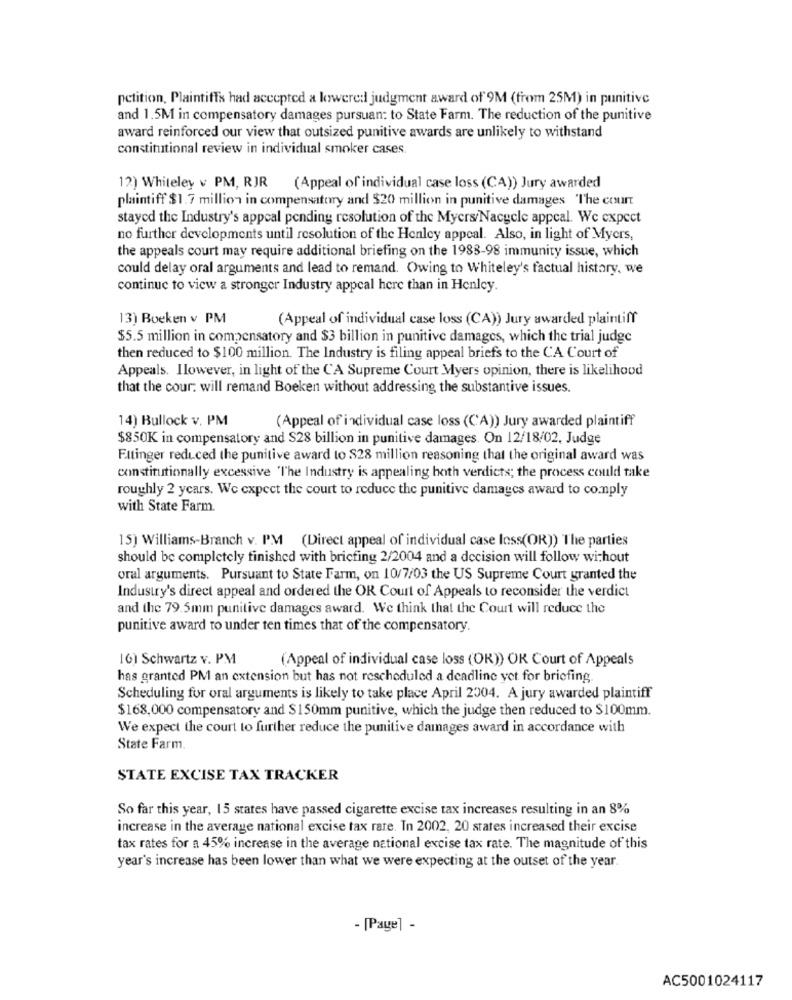
petition, Plaintiffs had accepted a lowered judgment award of 9M (from 25M) in punitive
and 1.5M in compensatory damages pursuan: to State Farm. The reduction of the punitive
award reinforced our view that outsized punitive awards are unlikely to withstand
constitutional review in individual smoker cases
12) Whiteley v PM, RJR
(Appeal of individual case loss (CA)) Jury awarded
plaintiff $1.7 million in compensatory and $20 million in punitive damages The court
stayed the Industry's appeal pending resolution of the Mycrs/Nacycle appeal. We expect
no further developments until resolution of the Henley appeal. Also, in light of Myers,
the appeals court may require additional briefing on the 1983-98 immunity issue, which
could delay oral arguments and lead to remand. Owing to Whiteley's factual history, we
continue to view a stronger Industry appeal here than in Henley.
13) Boeken v PM
(Appeal of individual case loss (CA)) Jury awarded plaintiff
$5.5 million in compensatory and $3 billion in punitive damages, which the trial judge
then reduced to $100 million. The Industry is filing appeal briefs to the CA Court of
Appeals. Ilowever, in light of the CA Supreme Court Myers opinion, there is likelihood
that the cour: will remand Boeken without addressing the substantive issues.
14) Bullock v. PM
(Appeal of individual case loss (CA)) Jury awarded plaintiff
$850K in compensatory and S28 billion in punitive damages. On 12/18/02. Judge
Fitinger reduced the punitive award to $28 million reasoning that the original award was
constitutionally excessive "The Industry is appealing hoth verdicts; the process could take
roughly 2 ycars. We expect the court to reduce the punitive damages award to comply
with State Farm.
15) Williams-Branch v. PM (Direct appeal of individual case loss(OR)) The parties
should be completely finished with briefing 2/2004 and a decision will follow without
oral arguments. Pursuant to State Farm, on 10/7/03 the US Supreme Court granted the
Industry's direct appeal and ordered the OR Court of Appeals to reconsider the verdict
and the 79.5mm punitive damages award. We think that the Court will reduce the
punitive award to under ten times that of the compensatory.
16) Schwartz v. PM
(Appeal of individual case loss (OK)) OR Court of Appeals
has granted PM an extension but has not rescheduled a deadline yet for briefing
Scheduling for oral arguments is likely to take place April 2004. A jury awarded plaintiff
$168,000 compensatory and $150mm punitive, which the judge then reduced to $100mm.
We expect the court to further reduce the punitive damages award in accordance with
State Farm.
STATE EXCISE TAX TRACKER
So far this year, 15 states have passed cigarette excise tax increases resulting in an 8%
increase in the average national excise tax rate. In 2002, 20 states increased their excise
tax rates for a 45% increase in the average national excise tax rate. The magnitude of this
year's increase has been lower than what we were expecting at the outset of the year.
- [Page] -
AC5001024117